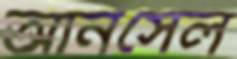
আনসেল